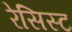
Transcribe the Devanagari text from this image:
रेसिस्ट